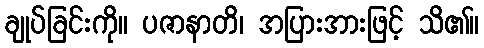
ချုပ်ခြင်းကို။ ပဇာနာတိ၊ အပြားအားဖြင့် သိ၏။